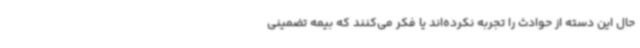
حال این دسته از حوادث را تجربه نکرده‌اند یا فکر می‌کنند که بیمه تضمینی